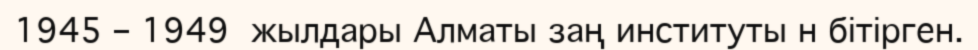
1945 – 1949  жылдары Алматы заң институты н бітірген.